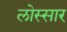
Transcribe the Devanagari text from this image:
लोस्सार